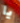
يا